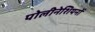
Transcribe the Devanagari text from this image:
पोलीनेशियनों